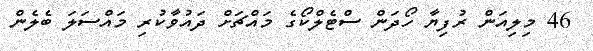
46 މިލިއަން ރުފިޔާ ހޯދަންް ސްޓެލްކޯގެ މައްޗަށް ދައުވާކުރި މައްސަލަ ބެލެން